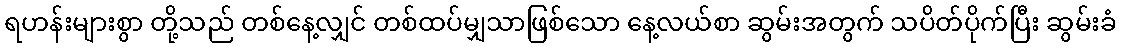
ရဟန်းများစွာ တို့သည် တစ်နေ့လျှင် တစ်ထပ်မျှသာဖြစ်သော နေ့လယ်စာ ဆွမ်းအတွက် သပိတ်ပိုက်ပြီး ဆွမ်းခံ